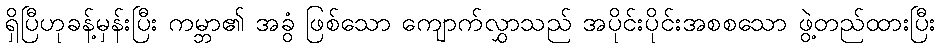
ရှိပြီဟုခန့်မှန်းပြီး ကမ္ဘာ၏ အခွံ ဖြစ်သော ကျောက်လွှာသည် အပိုင်းပိုင်းအစစသော ဖွဲ့တည်ထားပြီး